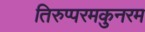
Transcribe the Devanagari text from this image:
तिरुप्परमकुनरम